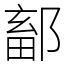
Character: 鄐